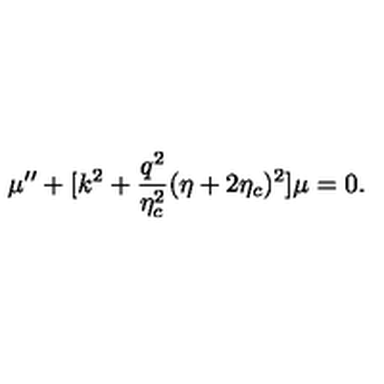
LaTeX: \mu ^ { \prime \prime } + [ k ^ { 2 } + \frac { q ^ { 2 } } { \eta _ { c } ^ { 2 } } ( \eta + 2 \eta _ { c } ) ^ { 2 } ] \mu = 0 .